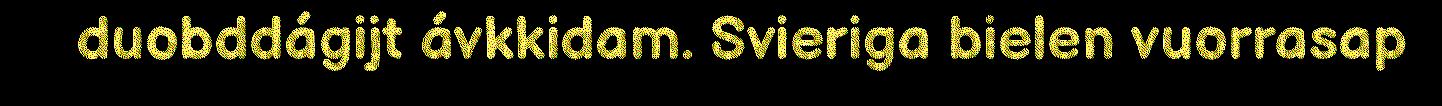
duobddágijt ávkkidam. Svieriga bielen vuorrasap